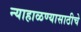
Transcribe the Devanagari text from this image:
न्याहाळण्यासाठीचे